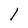
Character: l